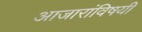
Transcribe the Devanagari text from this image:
आजारांविषयी